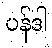
ပန်ဒါ